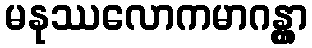
မနုဿလောကမာဂန္တွာ